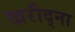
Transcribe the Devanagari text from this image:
खरीद्ना